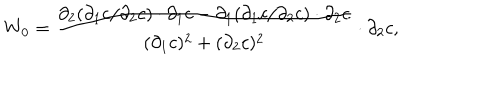
W _ { 0 } = \frac { { \partial } _ { 2 } ( { \partial } _ { 1 } c / { \partial } _ { 2 } c ) \cdot { \partial } _ { 1 } c - { \partial } _ { 1 } ( { \partial } _ { 1 } c / { \partial } _ { 2 } c ) \cdot { \partial } _ { 2 } c } { ( { \partial } _ { 1 } c ) ^ { 2 } + ( { \partial } _ { 2 } c ) ^ { 2 } } \cdot { \partial } _ { 2 } c ,